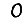
Digit: 0